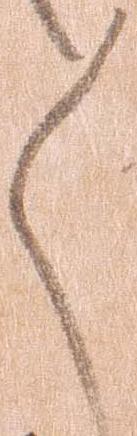
々